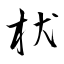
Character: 枤